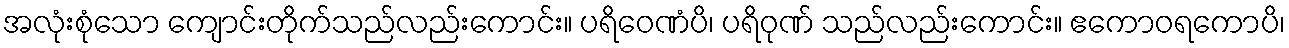
အလုံးစုံသော ကျောင်းတိုက်သည်လည်းကောင်း။ ပရိဝေဏံပိ၊ ပရိဝုဏ် သည်လည်းကောင်း။ ဧကောဝရကောပိ၊